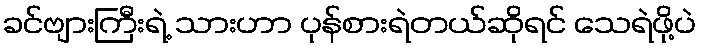
ခင်ဗျားကြီးရဲ့ သားဟာ ပုန်စားရဲတယ်ဆိုရင် သေရဲဖို့ပဲ